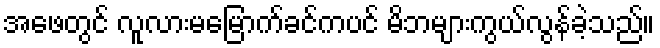
အဖေတွင် လူလားမမြောက်ခင်ကပင် မိဘများကွယ်လွန်ခဲ့သည်။